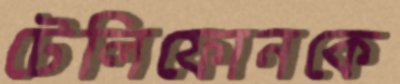
টেলিফোনকে